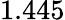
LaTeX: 1.445